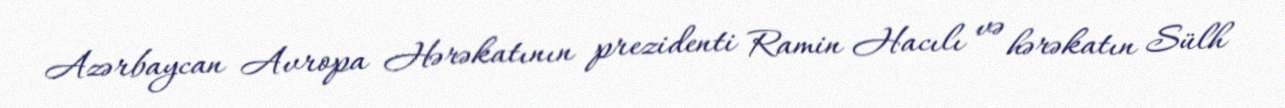
Azərbaycan Avropa Hərəkatının prezidenti Ramin Hacılı və hərəkatın Sülh